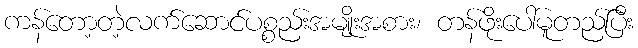
ကန်တော့တဲ့လက်ဆောင်ပစ္စည်းအမျိုးအစား၊ တန်ဖိုးပေါ်မူတည်ပြီး